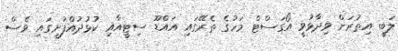
ލަބީ އިތުރަށް ވިދާޅުވީ އޯގަސްޓް މަހުގެ ތެރޭގައި އައްޑޫ ސިޓީއާއި ކުޅުދުއްފުށީގައި ވެސް